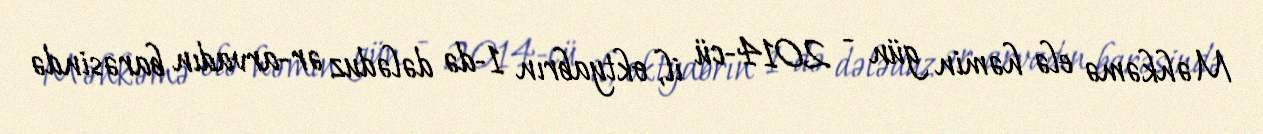
Məhkəmə elə həmin gün - 2014-cü il, oktyabrın 1-də dələduz ər-arvadın barəsində